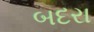
બદરા